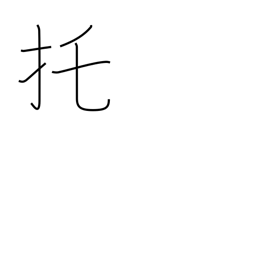
Meaning: entrusting with